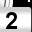
Digit: 2